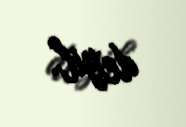
deyil.